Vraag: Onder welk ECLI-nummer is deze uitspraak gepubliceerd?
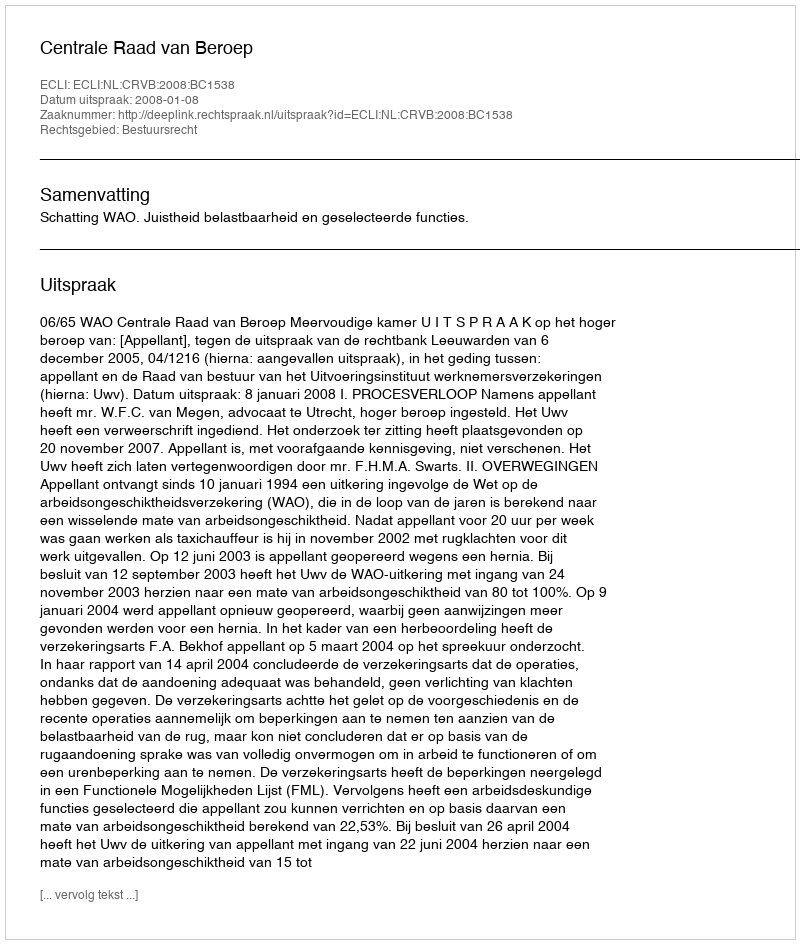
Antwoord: ECLI:NL:CRVB:2008:BC1538